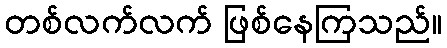
တစ်လက်လက် ဖြစ်နေကြသည်။